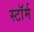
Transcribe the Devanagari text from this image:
स्टाॅर्म